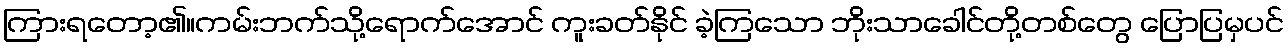
ကြားရတော့၏။ကမ်းဘက်သို့ရောက်အောင် ကူးခတ်နိုင် ခဲ့ကြသော ဘိုးသာခေါင်တို့တစ်တွေ ပြောပြမှပင်